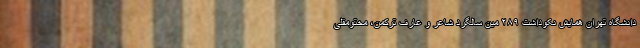
دانشگاه تهران همایش نکوداشت ۲۸۹ مین سالگرد شاعر و عارف ترکمن، مختومقلی